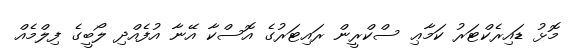
މޮޅު ޑައިރެކްޓަރު ކަމާޢި ސްކްރީން ރައިޓަރުގެ އޮސްކާ އޭނާ އުފެއްދި ލޯބީގެ ފިލްމެއް